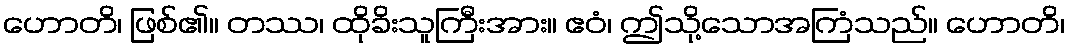
ဟောတိ၊ ဖြစ်၏။ တဿ၊ ထိုခိးသူကြီးအား။ ဧဝံ၊ ဤသို့သောအကြံသည်။ ဟောတိ၊